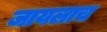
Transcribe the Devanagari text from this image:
जायलाच